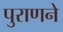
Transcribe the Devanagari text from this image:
पुराणने